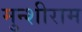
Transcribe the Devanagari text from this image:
मुन्शीराम